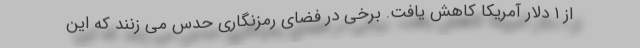
از ۱ دلار آمریکا کاهش یافت. برخی در فضای رمزنگاری حدس می زنند که این